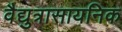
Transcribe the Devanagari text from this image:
वैद्युत्रासायनिक